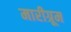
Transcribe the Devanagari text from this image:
मारीग्रूम